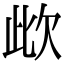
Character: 㰣